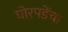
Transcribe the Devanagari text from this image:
घोरपडेंचा